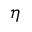
\eta